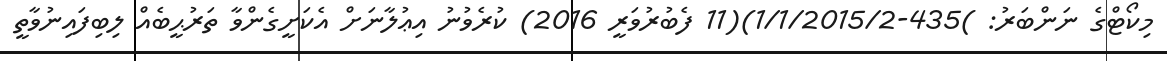
މިކޯޓްގެ ނަންބަރު: )435-1/1/2015/2)(11 ފެބުރުވަރީ 2016) ކުރެވުނު އިޢުލާނަށް އެކަށީގެންވާ ތަރުޙީބެއް ލިބިފައިނުވާތީ